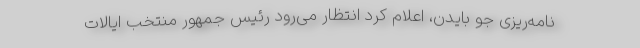
نامه‌ریزی جو بایدن، اعلام کرد انتظار می‌رود رئیس جمهور منتخب ایالات